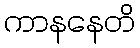
ကာနနေတိ